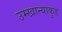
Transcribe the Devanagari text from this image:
उम्खान्याकुड